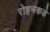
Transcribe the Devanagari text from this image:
रोहनकडे